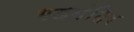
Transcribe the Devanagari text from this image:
गडमंदिर